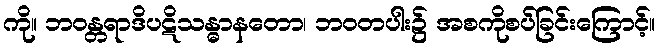
ကို။ ဘဝန္တရာဒိပဋိသန္ဓာနတော၊ ဘဝတပါး၌ အစကိုစပ်ခြင်းကြောင့်။